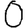
Digit: 0